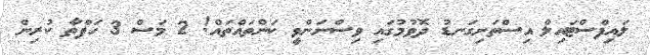
ލައިފްސްޓައިލް އިސްތަށިގަނޑު ދޮވުމުގައި ވިސްނަންވީ ކަންތައްތައް! 2 މަސް 3 ހަފްތާ ކުރިން